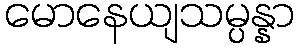
မောနေယျသမ္ပန္နာ